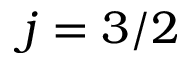
j = 3 / 2